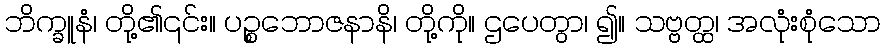
ဘိက္ခူနံ၊ တို့၏၎င်း။ ပဉ္စဘောဇနာနိ၊ တို့ကို။ ဌပေတွာ၊ ၍။ သဗ္ဗတ္ထ၊ အလုံးစုံသော